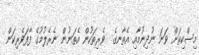
މިސްކިތަށް ވަނަ ނުދިނުމާއި އެތާނގެ  ވެރިތަކުން އެތަނުން ނެރެލުމުގެ ފާފަވެރިކަން